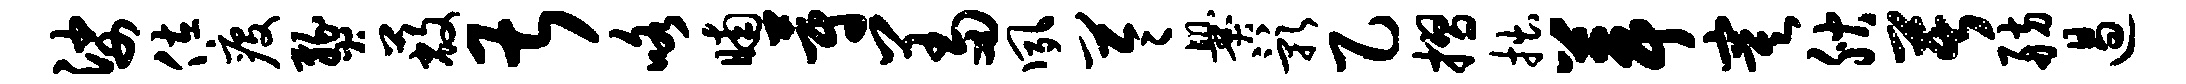
娑佐疫燹蔽甚咯晡蔚羞夙苓爨影乙摺拙葺寞腴苦舫遏